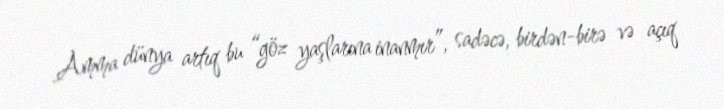
Amma dünya artıq bu “göz yaşlarına inanmır”, sadəcə, birdən-birə və açıq